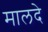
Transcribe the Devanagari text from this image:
मालदे